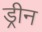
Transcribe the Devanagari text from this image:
ड्रीन